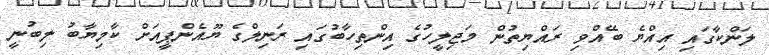
ލަންކާގައި އިއްޔެ ބޭއްވި ރައްޔިތުން މަޖިލީހުގެ އިންތިހާބުގައި ރަނިލްގެ ޔޫއެންޕީއަށް ކާމިޔާބު ލިބުނީ